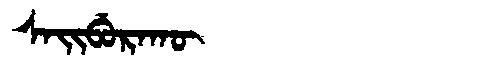
Manchu: ᠰᠠᡳᠪᡠᡵᠠᡴᡡ
Romanization: SAIBURAKŪ